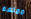
ممتعه